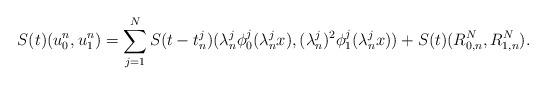
LaTeX: \begin{align*}S(t)(u_{0}^{n}, u_{1}^{n}) = \sum_{j = 1}^{N} S(t - t_{n}^{j}) (\lambda_{n}^{j} \phi_{0}^{j}(\lambda_{n}^{j} x), (\lambda_{n}^{j})^{2} \phi_{1}^{j}(\lambda_{n}^{j} x)) + S(t)(R_{0, n}^{N}, R_{1,n}^{N}).\end{align*}